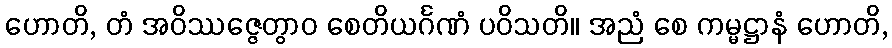
ဟောတိ, တံ အဝိဿဇ္ဇေတွာဝ စေတိယင်္ဂဏံ ပဝိသတိ။ အညံ စေ ကမ္မဋ္ဌာနံ ဟောတိ,